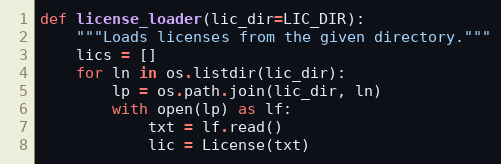
Language: Python
def license_loader(lic_dir=LIC_DIR):
    """Loads licenses from the given directory."""
    lics = []
    for ln in os.listdir(lic_dir):
        lp = os.path.join(lic_dir, ln)
        with open(lp) as lf:
            txt = lf.read()
            lic = License(txt)